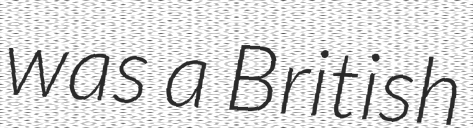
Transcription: was a British